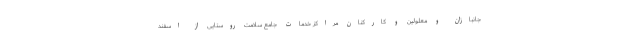
جانبازان و معلولین و کارکنان مراکز خدمات جامع سلامت روستایی از اسفند